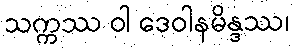
သက္ကဿ ဝါ ဒေဝါနမိန္ဒဿ၊